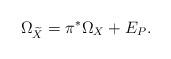
LaTeX: \begin{align*} \Omega_{\widetilde X}=\pi^\ast \Omega_X+E_P.\end{align*}